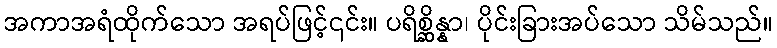
အကာအရံထိုက်သော အရပ်ဖြင့်၎င်း။ ပရိစ္ဆိန္နာ၊ ပိုင်းခြားအပ်သော သိမ်သည်။